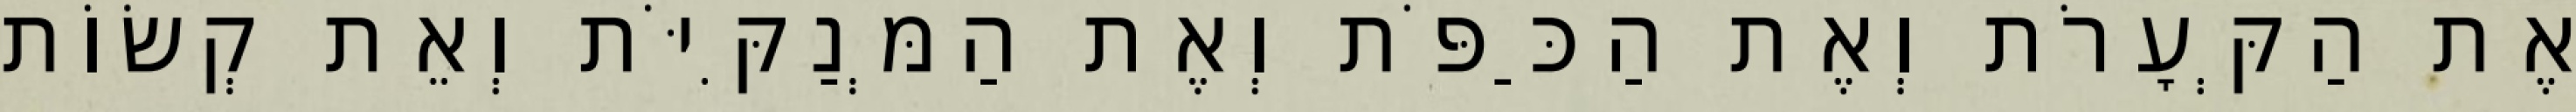
אֶת הַקְּעָרֹת וְאֶת הַכַּפֹּת וְאֶת הַמְּנַקִּיֹּת וְאֵת קְשׂוֹת